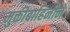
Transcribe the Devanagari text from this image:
मुक्तीबाहिनीने